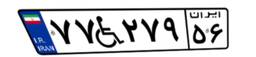
۷۷W۲۷۹۵۶